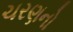
ચરણનો